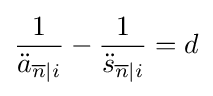
{\frac {1}{{\ddot {a}}_{{\overline {n}}|i}}}-{\frac {1}{{\ddot {s}}_{{\overline {n}}|i}}}=d